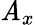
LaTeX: \mathit{A}_{x}